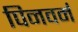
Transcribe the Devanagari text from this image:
पिनवर्म